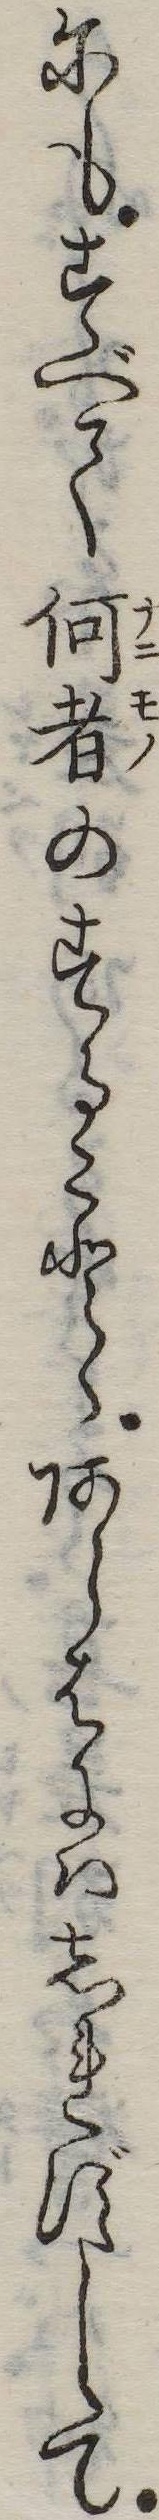
にもすべて何者のすることゝあらはにはしれずして